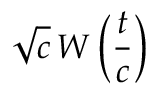
{ \sqrt { c } } \, W \left( { \frac { t } { c } } \right)